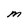
Character: M